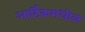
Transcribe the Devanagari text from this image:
आर्टिकमधील